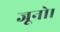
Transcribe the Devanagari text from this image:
जूनो।